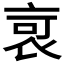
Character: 𧙃